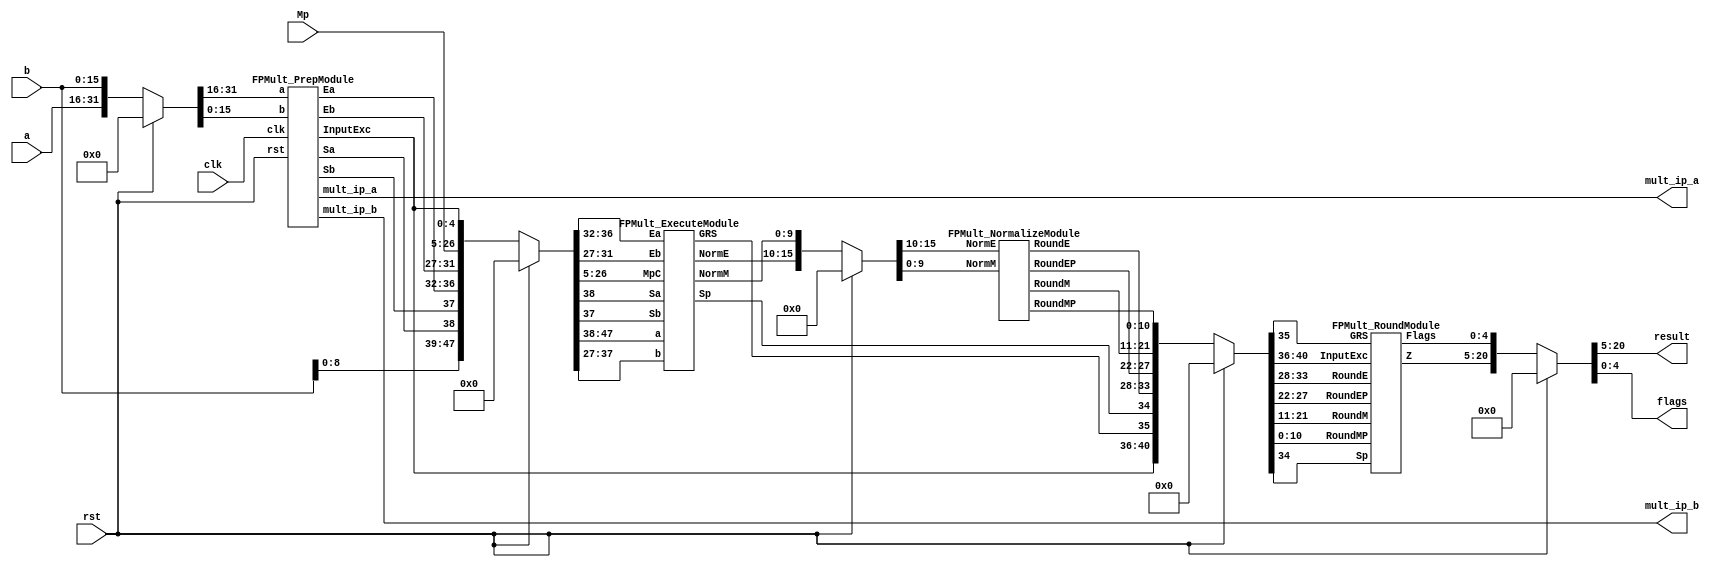
`timescale 1ns / 1ps
//`define EXPONENT 5
//`define MANTISSA 10
`define EXPONENT 5
`define MANTISSA 10
`define ACTUAL_MANTISSA 11
`define EXPONENT_LSB 10
`define EXPONENT_MSB 14
`define MANTISSA_LSB 0
`define MANTISSA_MSB 9
`define MANTISSA_MUL_SPLIT_LSB 3
`define MANTISSA_MUL_SPLIT_MSB 9
`define SIGN 1
`define SIGN_LOC 15
`define DWIDTH (`SIGN+`EXPONENT+`MANTISSA)
`define IEEE_COMPLIANCE 1
//////////////////////////////////////////////////////////////////////////////////
//
// Module Name:    FPMult
// Project Name: 	 Floating Point Project
//
//////////////////////////////////////////////////////////////////////////////////

module FPMult_16(
		clk,
		rst,
		a,
		b,
		result,
		flags,
		mult_ip_a,
		mult_ip_b,
		Mp
    );
	
	// Input Ports
	input clk ;							// Clock
	input rst ;							// Reset signal
	input [`DWIDTH-1:0] a;					// Input A, a 32-bit floating point number
	input [`DWIDTH-1:0] b;					// Input B, a 32-bit floating point number
	
	// Output ports
	output [`DWIDTH-1:0] result ;					// Product, result of the operation, 32-bit FP number
	output [4:0] flags ;				// Flags indicating exceptions according to IEEE754
	
	output [`MANTISSA:0]mult_ip_a;
	output [`MANTISSA:0]mult_ip_b;
	
	input [2*`MANTISSA+1:0] Mp ;

	// Internal signals
	wire [31:0] Z_int ;				// Product, result of the operation, 32-bit FP number
	wire [4:0] Flags_int ;			// Flags indicating exceptions according to IEEE754
	
	wire Sa ;							// A's sign
	wire Sb ;							// B's sign
	wire Sp ;							// Product sign
	wire [`EXPONENT-1:0] Ea ;					// A's exponent
	wire [`EXPONENT-1:0] Eb ;					// B's exponent
	//wire [2*`MANTISSA+1:0] Mp ;					// Product mantissa
	wire [4:0] InputExc ;			// Exceptions in inputs
	wire [`MANTISSA-1:0] NormM ;				// Normalized mantissa
	wire [`EXPONENT:0] NormE ;				// Normalized exponent
	wire [`MANTISSA:0] RoundM ;				// Normalized mantissa
	wire [`EXPONENT:0] RoundE ;				// Normalized exponent
	wire [`MANTISSA:0] RoundMP ;				// Normalized mantissa
	wire [`EXPONENT:0] RoundEP ;				// Normalized exponent
	wire GRS ;

	//reg [63:0] pipe_0;			// Pipeline register Input->Prep
	reg [2*`DWIDTH-1:0] pipe_0;			// Pipeline register Input->Prep

	//reg [92:0] pipe_1;			// Pipeline register Prep->Execute
	reg [3*`MANTISSA+2*`EXPONENT+7:0] pipe_1;			// Pipeline register Prep->Execute

	//reg [38:0] pipe_2;			// Pipeline register Execute->Normalize
	reg [`MANTISSA+`EXPONENT+7:0] pipe_2;			// Pipeline register Execute->Normalize
	
	//reg [72:0] pipe_3;			// Pipeline register Normalize->Round
	reg [2*`MANTISSA+2*`EXPONENT+10:0] pipe_3;			// Pipeline register Normalize->Round

	//reg [36:0] pipe_4;			// Pipeline register Round->Output
	reg [`DWIDTH+4:0] pipe_4;			// Pipeline register Round->Output
	
	assign result = pipe_4[`DWIDTH+4:5] ;
	assign flags = pipe_4[4:0] ;
	
	// Prepare the operands for alignment and check for exceptions
	FPMult_PrepModule PrepModule(clk, rst, pipe_0[2*`DWIDTH-1:`DWIDTH], pipe_0[`DWIDTH-1:0], Sa, Sb, Ea[`EXPONENT-1:0], Eb[`EXPONENT-1:0], InputExc[4:0], mult_ip_a[`MANTISSA : 0], mult_ip_b[`MANTISSA:0]) ;

	// Perform (unsigned) mantissa multiplication
	FPMult_ExecuteModule ExecuteModule(pipe_1[3*`MANTISSA+`EXPONENT*2+7:2*`MANTISSA+2*`EXPONENT+8], pipe_1[2*`MANTISSA+2*`EXPONENT+7:2*`MANTISSA+7], pipe_1[2*`MANTISSA+6:5], pipe_1[2*`MANTISSA+2*`EXPONENT+6:2*`MANTISSA+`EXPONENT+7], pipe_1[2*`MANTISSA+`EXPONENT+6:2*`MANTISSA+7], pipe_1[2*`MANTISSA+2*`EXPONENT+8], pipe_1[2*`MANTISSA+2*`EXPONENT+7], Sp, NormE[`EXPONENT:0], NormM[`MANTISSA-1:0], GRS) ;

	// Round result and if necessary, perform a second (post-rounding) normalization step
	FPMult_NormalizeModule NormalizeModule(pipe_2[`MANTISSA-1:0], pipe_2[`MANTISSA+`EXPONENT:`MANTISSA], RoundE[`EXPONENT:0], RoundEP[`EXPONENT:0], RoundM[`MANTISSA:0], RoundMP[`MANTISSA:0]) ;		

	// Round result and if necessary, perform a second (post-rounding) normalization step
	//FPMult_RoundModule RoundModule(pipe_3[47:24], pipe_3[23:0], pipe_3[65:57], pipe_3[56:48], pipe_3[66], pipe_3[67], pipe_3[72:68], Z_int[31:0], Flags_int[4:0]) ;		
	FPMult_RoundModule RoundModule(pipe_3[2*`MANTISSA+1:`MANTISSA+1], pipe_3[`MANTISSA:0], pipe_3[2*`MANTISSA+2*`EXPONENT+3:2*`MANTISSA+`EXPONENT+3], pipe_3[2*`MANTISSA+`EXPONENT+2:2*`MANTISSA+2], pipe_3[2*`MANTISSA+2*`EXPONENT+4], pipe_3[2*`MANTISSA+2*`EXPONENT+5], pipe_3[2*`MANTISSA+2*`EXPONENT+10:2*`MANTISSA+2*`EXPONENT+6], Z_int[`DWIDTH-1:0], Flags_int[4:0]) ;		

	always @ (*) begin	
		if(rst) begin
			pipe_0 = 0;
			pipe_1 = 0;
			pipe_2 = 0; 
			pipe_3 = 0;
			pipe_4 = 0;
		end 
		else begin	
			
			/* PIPE 0
				[63:32] A
				[31:0] B
			*/
                       pipe_0 = {a, b} ;

			/* PIPE 1
				[70] Sa
				[69] Sb
				[68:61] Ea
				[60:53] Eb
				[52:5] Mp
				[4:0] InputExc
			*/
			//pipe_1 <= {pipe_0[`DWIDTH+`MANTISSA-1:`DWIDTH], pipe_0[`MANTISSA_MUL_SPLIT_LSB-1:0], Sa, Sb, Ea[`EXPONENT-1:0], Eb[`EXPONENT-1:0], Mp[2*`MANTISSA-1:0], InputExc[4:0]} ;
			pipe_1 = {pipe_0[`DWIDTH+`MANTISSA-1:`DWIDTH], pipe_0[8:0], Sa, Sb, Ea[`EXPONENT-1:0], Eb[`EXPONENT-1:0], Mp[2*`MANTISSA+1:0], InputExc[4:0]} ;
			/* PIPE 2
				[38:34] InputExc
				[33] GRS
				[32] Sp
				[31:23] NormE
				[22:0] NormM
			*/
			pipe_2 = {pipe_1[4:0], GRS, Sp, NormE[`EXPONENT:0], NormM[`MANTISSA-1:0]} ;
			/* PIPE 3
				[72:68] InputExc
				[67] GRS
				[66] Sp	
				[65:57] RoundE
				[56:48] RoundEP
				[47:24] RoundM
				[23:0] RoundMP
			*/
			pipe_3 = {pipe_2[`EXPONENT+`MANTISSA+7:`EXPONENT+`MANTISSA+1], RoundE[`EXPONENT:0], RoundEP[`EXPONENT:0], RoundM[`MANTISSA:0], RoundMP[`MANTISSA:0]} ;
			/* PIPE 4
				[36:5] Z
				[4:0] Flags
			*/				
			pipe_4 = {Z_int[`DWIDTH-1:0], Flags_int[4:0]} ;
		end
	end
		
endmodule


module FPMult_PrepModule (
		clk,
		rst,
		a,
		b,
		Sa,
		Sb,
		Ea,
		Eb,
		InputExc,
		mult_ip_a,
		mult_ip_b
	);
	
	// Input ports
	input clk ;
	input rst ;
	input [`DWIDTH-1:0] a ;								// Input A, a 32-bit floating point number
	input [`DWIDTH-1:0] b ;								// Input B, a 32-bit floating point number
	
	// Output ports
	output Sa ;										// A's sign
	output Sb ;										// B's sign
	output [`EXPONENT-1:0] Ea ;								// A's exponent
	output [`EXPONENT-1:0] Eb ;								// B's exponent
	//output [2*`MANTISSA+1:0] Mp ;							// Mantissa product
	output [4:0] InputExc ;						// Input numbers are exceptions
	output [`MANTISSA:0]mult_ip_a;
	output [`MANTISSA:0]mult_ip_b;

	// Internal signals							// If signal is high...
	wire ANaN ;										// A is a signalling NaN
	wire BNaN ;										// B is a signalling NaN
	wire AInf ;										// A is infinity
	wire BInf ;										// B is infinity
    wire [`MANTISSA-1:0] Ma;
    wire [`MANTISSA-1:0] Mb;
	
	assign ANaN = &(a[`DWIDTH-2:`MANTISSA]) &  |(a[`DWIDTH-2:`MANTISSA]) ;			// All one exponent and not all zero mantissa - NaN
	assign BNaN = &(b[`DWIDTH-2:`MANTISSA]) &  |(b[`MANTISSA-1:0]);			// All one exponent and not all zero mantissa - NaN
	assign AInf = &(a[`DWIDTH-2:`MANTISSA]) & ~|(a[`DWIDTH-2:`MANTISSA]) ;		// All one exponent and all zero mantissa - Infinity
	assign BInf = &(b[`DWIDTH-2:`MANTISSA]) & ~|(b[`DWIDTH-2:`MANTISSA]) ;		// All one exponent and all zero mantissa - Infinity
	
	// Check for any exceptions and put all flags into exception vector
	assign InputExc = {(ANaN | BNaN | AInf | BInf), ANaN, BNaN, AInf, BInf} ;
	//assign InputExc = {(ANaN | ANaN | BNaN |BNaN), ANaN, ANaN, BNaN,BNaN} ;
	
	// Take input numbers apart
	assign Sa = a[`DWIDTH-1] ;							// A's sign
	assign Sb = b[`DWIDTH-1] ;							// B's sign
	assign Ea = a[`DWIDTH-2:`MANTISSA];						// Store A's exponent in Ea, unless A is an exception
	assign Eb = b[`DWIDTH-2:`MANTISSA];						// Store B's exponent in Eb, unless B is an exception	
//    assign Ma = a[`MANTISSA_MSB:`MANTISSA_LSB];
  //  assign Mb = b[`MANTISSA_MSB:`MANTISSA_LSB];
	


	//assign Mp = ({4'b0001, a[`MANTISSA-1:0]}*{4'b0001, b[`MANTISSA-1:9]}) ;
	assign mult_ip_a = {1'b1,a[`MANTISSA-1:0]};
	assign mult_ip_b = {1'b1, b[`MANTISSA-1:0]};


	//assign Mp = ({1'b1,a[`MANTISSA-1:0]}*{1'b1, b[`MANTISSA-1:0]}) ;

	
    //We multiply part of the mantissa here
    //Full mantissa of A
    //Bits MANTISSA_MUL_SPLIT_MSB:MANTISSA_MUL_SPLIT_LSB of B
   // wire [`ACTUAL_MANTISSA-1:0] inp_A;
   // wire [`ACTUAL_MANTISSA-1:0] inp_B;
   // assign inp_A = {1'b1, Ma};
   // assign inp_B = {{(`MANTISSA-(`MANTISSA_MUL_SPLIT_MSB-`MANTISSA_MUL_SPLIT_LSB+1)){1'b0}}, 1'b1, Mb[`MANTISSA_MUL_SPLIT_MSB:`MANTISSA_MUL_SPLIT_LSB]};
   // DW02_mult #(`ACTUAL_MANTISSA,`ACTUAL_MANTISSA) u_mult(.A(inp_A), .B(inp_B), .TC(1'b0), .PRODUCT(Mp));
endmodule


module FPMult_ExecuteModule(
		a,
		b,
		MpC,
		Ea,
		Eb,
		Sa,
		Sb,
		Sp,
		NormE,
		NormM,
		GRS
    );

	// Input ports
	input [`MANTISSA-1:0] a ;
	input [2*`EXPONENT:0] b ;
	input [2*`MANTISSA+1:0] MpC ;
	input [`EXPONENT-1:0] Ea ;						// A's exponent
	input [`EXPONENT-1:0] Eb ;						// B's exponent
	input Sa ;								// A's sign
	input Sb ;								// B's sign
	
	// Output ports
	output Sp ;								// Product sign
	output [`EXPONENT:0] NormE ;													// Normalized exponent
	output [`MANTISSA-1:0] NormM ;												// Normalized mantissa
	output GRS ;
	
	wire [2*`MANTISSA+1:0] Mp ;
	
	assign Sp = (Sa ^ Sb) ;												// Equal signs give a positive product
	
   // wire [`ACTUAL_MANTISSA-1:0] inp_a;
   // wire [`ACTUAL_MANTISSA-1:0] inp_b;
   // assign inp_a = {1'b1, a};
   // assign inp_b = {{(`MANTISSA-`MANTISSA_MUL_SPLIT_LSB){1'b0}}, 1'b0, b};
   // DW02_mult #(`ACTUAL_MANTISSA,`ACTUAL_MANTISSA) u_mult(.A(inp_a), .B(inp_b), .TC(1'b0), .PRODUCT(Mp_temp));
   // DW01_add #(2*`ACTUAL_MANTISSA) u_add(.A(Mp_temp), .B(MpC<<`MANTISSA_MUL_SPLIT_LSB), .CI(1'b0), .SUM(Mp), .CO());

	//assign Mp = (MpC<<(2*`EXPONENT+1)) + ({4'b0001, a[`MANTISSA-1:0]}*{1'b0, b[2*`EXPONENT:0]}) ;
	assign Mp = MpC;


	assign NormM = (Mp[2*`MANTISSA+1] ? Mp[2*`MANTISSA:`MANTISSA+1] : Mp[2*`MANTISSA-1:`MANTISSA]); 	// Check for overflow
	assign NormE = (Ea + Eb + Mp[2*`MANTISSA+1]);								// If so, increment exponent
	
	assign GRS = ((Mp[`MANTISSA]&(Mp[`MANTISSA+1]))|(|Mp[`MANTISSA-1:0])) ;
	
endmodule

module FPMult_NormalizeModule(
		NormM,
		NormE,
		RoundE,
		RoundEP,
		RoundM,
		RoundMP
    );

	// Input Ports
	input [`MANTISSA-1:0] NormM ;									// Normalized mantissa
	input [`EXPONENT:0] NormE ;									// Normalized exponent

	// Output Ports
	output [`EXPONENT:0] RoundE ;
	output [`EXPONENT:0] RoundEP ;
	output [`MANTISSA:0] RoundM ;
	output [`MANTISSA:0] RoundMP ; 
	
	assign RoundE = NormE - 15 ;
	assign RoundEP = NormE - 14 ;
	assign RoundM = NormM ;
	assign RoundMP = NormM ;

endmodule

module FPMult_RoundModule(
		RoundM,
		RoundMP,
		RoundE,
		RoundEP,
		Sp,
		GRS,
		InputExc,
		Z,
		Flags
    );

	// Input Ports
	input [`MANTISSA:0] RoundM ;									// Normalized mantissa
	input [`MANTISSA:0] RoundMP ;									// Normalized exponent
	input [`EXPONENT:0] RoundE ;									// Normalized mantissa + 1
	input [`EXPONENT:0] RoundEP ;									// Normalized exponent + 1
	input Sp ;												// Product sign
	input GRS ;
	input [4:0] InputExc ;
	
	// Output Ports
	output [`DWIDTH-1:0] Z ;										// Final product
	output [4:0] Flags ;
	
	// Internal Signals
	wire [`EXPONENT:0] FinalE ;									// Rounded exponent
	wire [`MANTISSA:0] FinalM;
	wire [`MANTISSA:0] PreShiftM;
	
	assign PreShiftM = GRS ? RoundMP : RoundM ;	// Round up if R and (G or S)
	
	// Post rounding normalization (potential one bit shift> use shifted mantissa if there is overflow)
	assign FinalM = (PreShiftM[`MANTISSA] ? {1'b0, PreShiftM[`MANTISSA:1]} : PreShiftM[`MANTISSA:0]) ;
	
	assign FinalE = (PreShiftM[`MANTISSA] ? RoundEP : RoundE) ; // Increment exponent if a shift was done
	
	assign Z = {Sp, FinalE[`EXPONENT-1:0], FinalM[`MANTISSA-1:0]} ;   // Putting the pieces together
	assign Flags = InputExc[4:0];

endmodule